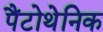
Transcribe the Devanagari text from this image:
पैंटोथेनिक